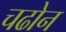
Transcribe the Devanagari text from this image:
चढोन